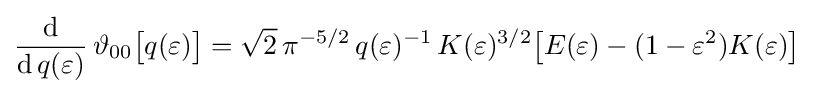
{\frac {\mathrm {d} }{\mathrm {d} \,q(\varepsilon )}}\,\vartheta _{00}{\bigl [}q(\varepsilon ){\bigr ]}={\sqrt {2}}\,\pi ^{-5/2}\,q(\varepsilon )^{-1}\,K(\varepsilon )^{3/2}{\bigl [}E(\varepsilon )-(1-\varepsilon ^{2})K(\varepsilon ){\bigr ]}